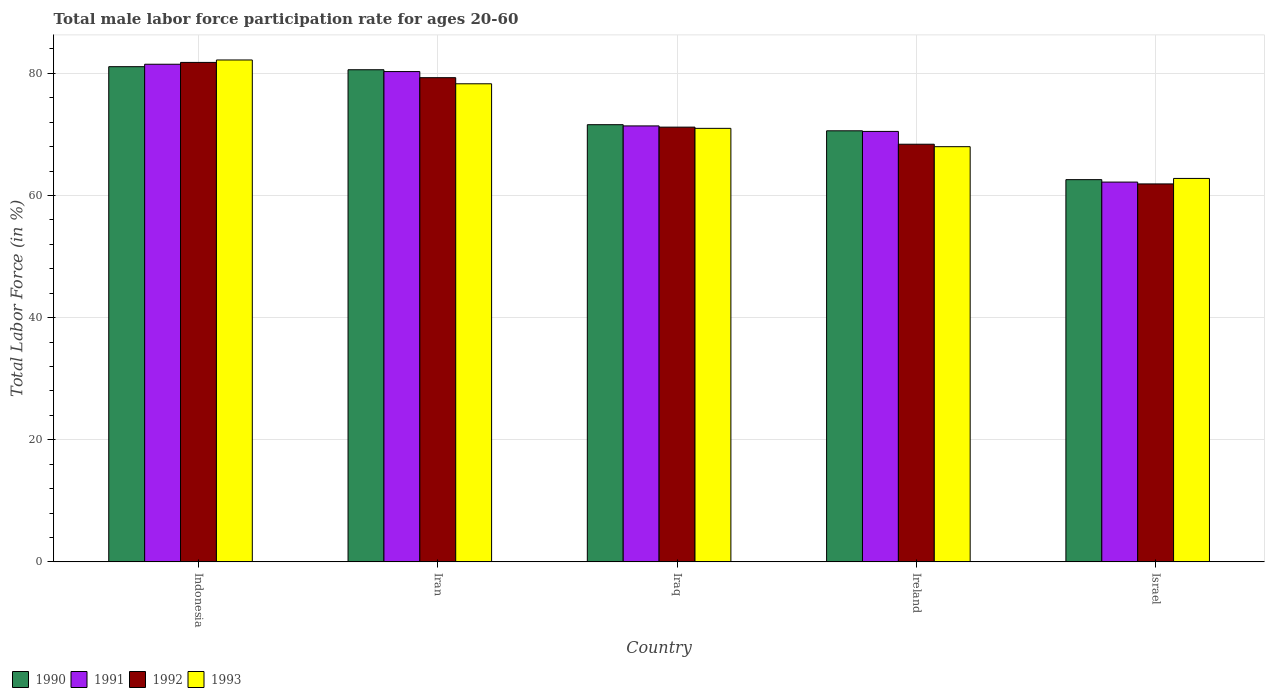
| Country | 1990 | 1991 | 1992 | 1993 |
 | --- | --- | --- | --- | --- |
 | Indonesia | 81.1 | 81.5 | 81.8 | 82.2 |
 | Iran | 80.6 | 80.3 | 79.3 | 78.3 |
 | Iraq | 71.6 | 71.4 | 71.2 | 71 |
 | Ireland | 70.6 | 70.5 | 68.4 | 68 |
 | Israel | 62.6 | 62.2 | 61.9 | 62.8 |